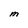
Character: M